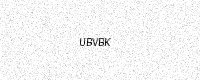
Text: UBVBK